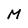
Character: M